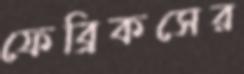
ফেব্রিকসের